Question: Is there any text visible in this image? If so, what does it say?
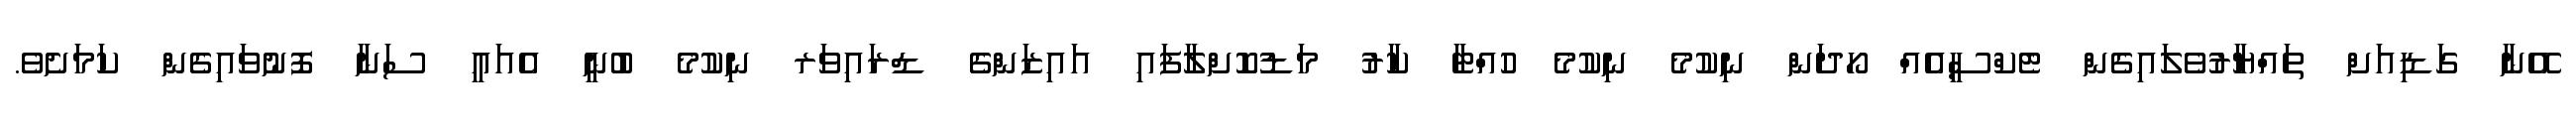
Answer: އޭނާ ގަޑިއަށް ތައްޔާރުވެލައިގެން ޓެކްސީއެއް ހޯދަން ނިކުމެ ނިކުމެ ހުއްޓާ ކާރު މަޑުކޮށްލާފައި އައިޒަންގެ ޑްރައިވަރ ނިކުމެ ބުނީ އެއައީ ސަނާ ފޮނުވައިގެން ކަމަށެވެ.